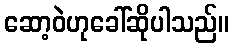
ဆော့ဝဲဟုခေါ်ဆိုပါသည်။